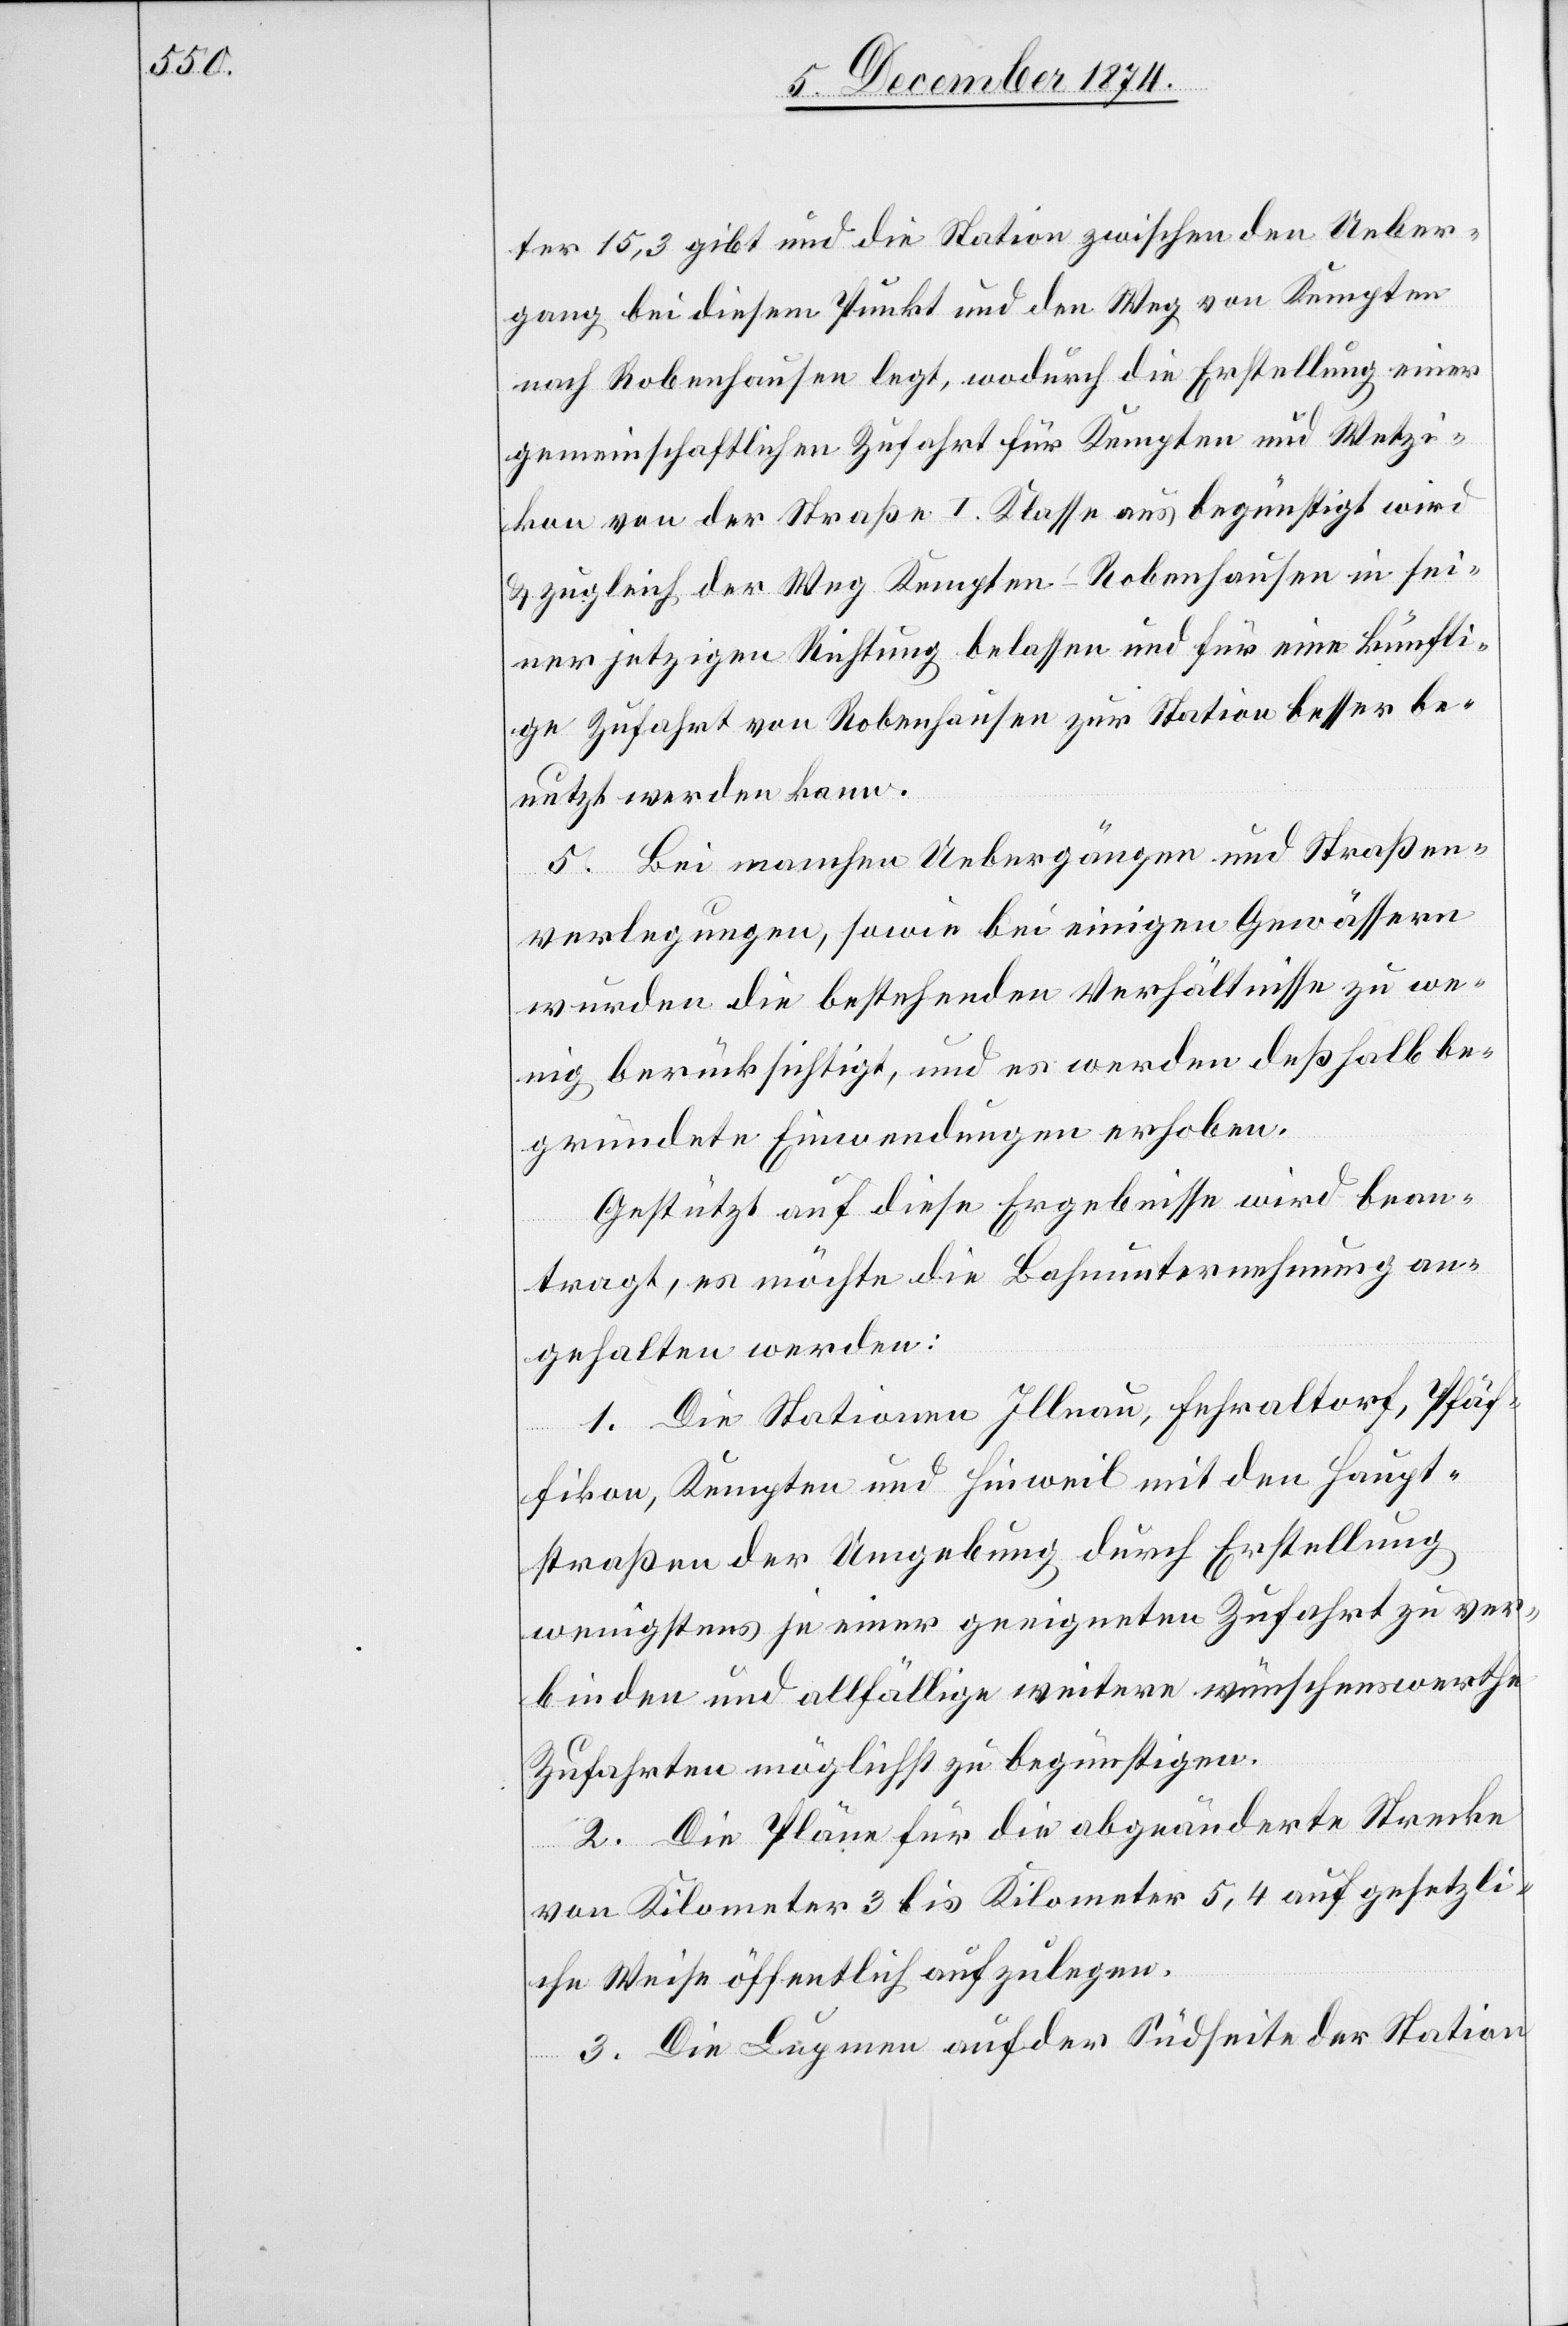
ter 15,3 gibt und die Station zwischen den Ueber¬
gang bei diesem Punkt und den Weg von Kempten
nach Robenhausen legt, wodurch die Erstellung einer
gemeinschaftlichen Zufahrt für Kempten und Wetzi¬
kon von der Straße I. Klasse aus begünstigt wird
& zugleich der Weg Kempten–Robenhausen in sei¬
ner jetzigen Richtung belassen und für eine künfti¬
ge Zufahrt von Robenhausen zur Station besser be¬
nutzt werden kann.
5. Bei manchen Uebergängen und Straßen¬
verlegungen, sowie bei einigen Gewässern
wurden die bestehenden Verhältnisse zu we¬
nig berücksichtigt, und es werden deßhalb be¬
gründete Einwendungen erhoben.
Gestützt auf diese Ergebnisse wird bean¬
tragt, es möchte die Bahnunternehmung an¬
gehalten werden:
1. Die Stationen Illnau, Fehraltorf, Pfäf¬
fikon, Kempten und Hinweil mit den Haupt¬
straßen der Umgebung durch Erstellung
wenigstens je einer geeigneten Zufahrt zu ver¬
binden und allfällige weitere wünschenswerthe
Zufahrten möglichst zu begünstigen.
2. Die Pläne für die abgeänderte Strecke
von Kilometer 3 bis Kilometer 5,4 auf gesetzli¬
che Weise öffentlich aufzulegen.
3. Die Lupmen [sic!] auf der Südseite der Station